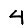
Digit: 4